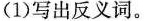
(1)写出反义词。